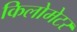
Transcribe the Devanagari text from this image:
किलोमेटर